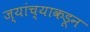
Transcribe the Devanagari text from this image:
ज्यांच्याकडून